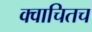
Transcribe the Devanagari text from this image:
क्वाचितच